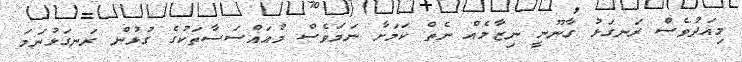
މިއަދުވެސް ރަނގަޅު ގާނޫނީ ނިޒާމެއް ނެތް ކަމަށާ ނަމަވެސް މުއައްސަސާތަކުގެ ގުޅުން ރަނގަޅުނަމަ